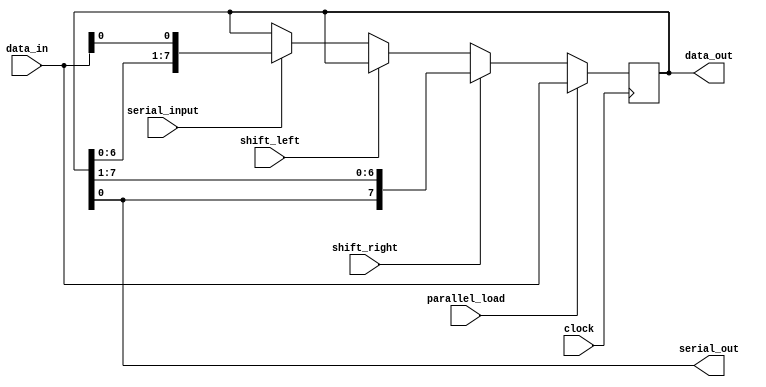
module universal_shift_register (
    input clock,
    input shift_right,
    input shift_left,
    input parallel_load,
    input serial_input,
    output reg serial_out,
    input [7:0] data_in,
    output [7:0] data_out
);

reg [7:0] register_data;

always @(posedge clock) begin
    if (parallel_load) begin
        register_data <= data_in;
    end else if (shift_right) begin
        register_data <= {register_data[0], register_data[7:1]};
    end else if (shift_left) begin
        register_data <= {register_data[1:7], register_data[0]};
    end else if (serial_input) begin
        register_data <= {register_data[6:0], data_in[0]};
    end
end

assign data_out = register_data;
assign serial_out = register_data[0];

endmodule